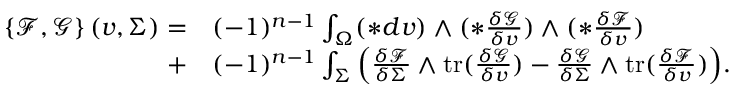
\begin{array} { r l } { \left\{ \mathcal { F } , \mathcal { G } \right\} ( v , \Sigma ) = } & { ( - 1 ) ^ { n - 1 } \int _ { \Omega } ( \ast d v ) \wedge ( \ast \frac { \delta \mathcal { G } } { \delta v } ) \wedge ( \ast \frac { \delta \mathcal { F } } { \delta v } ) } \\ { + } & { ( - 1 ) ^ { n - 1 } \int _ { \Sigma } \Big ( \frac { \delta \mathcal { F } } { \delta \Sigma } \wedge \mathrm { t r } ( \frac { \delta \mathcal { G } } { \delta v } ) - \frac { \delta \mathcal { G } } { \delta \Sigma } \wedge \mathrm { t r } ( \frac { \delta \mathcal { F } } { \delta v } ) \Big ) . } \end{array}